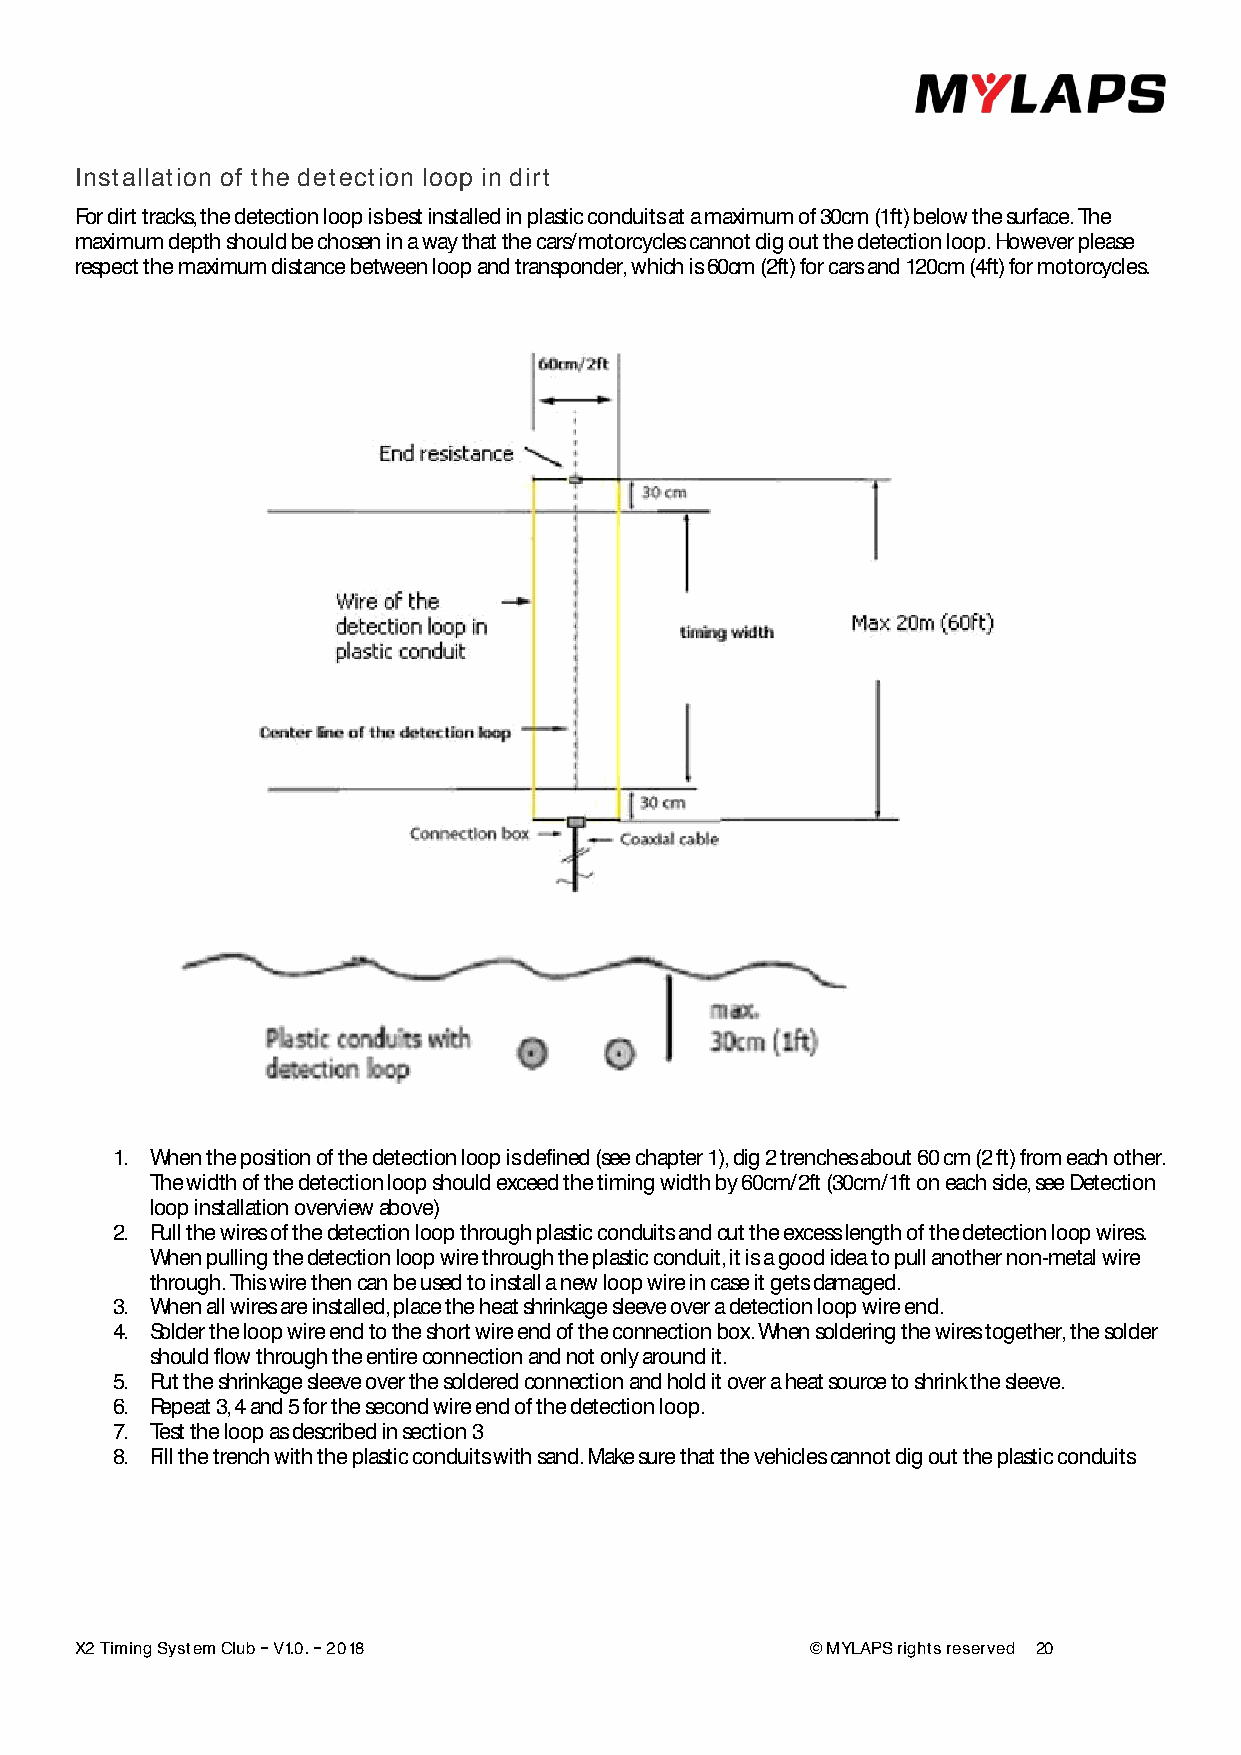
Installation of the detection loop in dirt
 For dirt tracks, the detection loop is best installed in plastic conduits at a maximum of 30cm (1ft) below the surface. The
 maximum depth should be chosen in a way that the cars/motorcycles cannot dig out the detection loop. However please
 respect the maximum distance between loop and transponder, which is 60cm (2ft) for cars and 120cm (4ft) for motorcycles.
 1. When the position of the detection loop is defined (see chapter 1), dig 2 trenches about 60 cm (2 ft) from each other.
 The width of the detection loop should exceed the timing width by 60cm/2ft (30cm/1ft on each side, see Detection
 loop installation overview above)
 2. Pull the wires of the detection loop through plastic conduits and cut the excess length of the detection loop wires.
 When pulling the detection loop wire through the plastic conduit, it is a good idea to pull another non-metal wire
 through. This wire then can be used to install a new loop wire in case it gets damaged.
 3. When all wires are installed, place the heat shrinkage sleeve over a detection loop wire end.
 4. Solder the loop wire end to the short wire end of the connection box. When soldering the wires together, the solder
 should flow through the entire connection and not only around it.
 5. Put the shrinkage sleeve over the soldered connection and hold it over a heat source to shrink the sleeve.
 6. Repeat 3, 4 and 5 for the second wire end of the detection loop.
 7. Test the loop as described in section 3
 8. Fill the trench with the plastic conduits with sand. Make sure that the vehicles cannot dig out the plastic conduits
 X2 Timing System Club V1.0. 2018                 © MYLAPS rights reserved 20